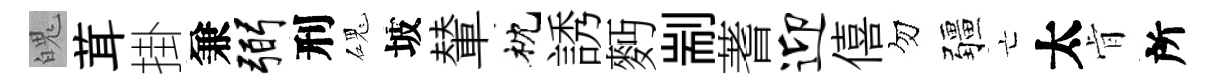
魄茸掛兼弼刑磈坡輦枕誘麪剬蓍迎僖勿疆亡太肻所